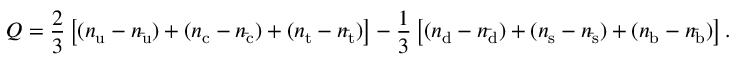
Q = { \frac { 2 } { 3 } } \left[ ( n _ { \mathrm { u } } - n _ { \mathrm { \bar { u } } } ) + ( n _ { \mathrm { c } } - n _ { \mathrm { \bar { c } } } ) + ( n _ { \mathrm { t } } - n _ { \mathrm { \bar { t } } } ) \right] - { \frac { 1 } { 3 } } \left[ ( n _ { \mathrm { d } } - n _ { \mathrm { \bar { d } } } ) + ( n _ { \mathrm { s } } - n _ { \mathrm { \bar { s } } } ) + ( n _ { \mathrm { b } } - n _ { \mathrm { \bar { b } } } ) \right] .